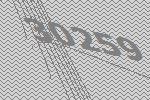
30259